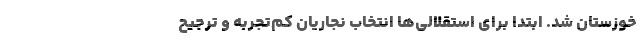
خوزستان شد. ابتدا برای استقلالی‌ها انتخاب نجاریان کم‌تجربه و ترجیح